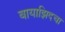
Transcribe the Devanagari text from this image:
बायाझिदचा